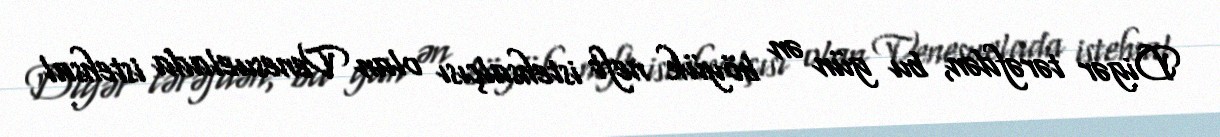
Digər tərəfdən, bu gün ən böyük neft istehsalçısı olan Venesuelada istehsal